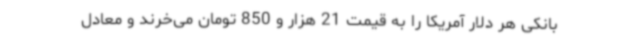
بانکی هر دلار آمریکا را به قیمت 21 هزار و 850 تومان می‌خرند و معادل